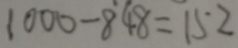
1 0 0 0 - 8 4 8 = 1 5 2